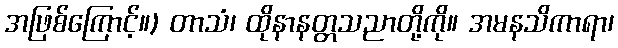
အဖြစ်ကြောင့်။) တာသံ၊ ထိုနာနတ္တသညာတို့ကို။ အမနသိကာရာ၊